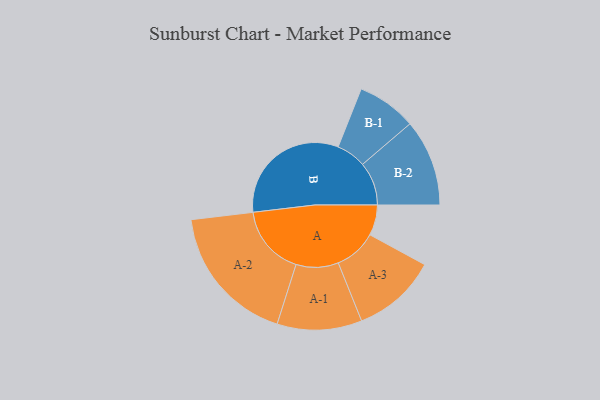
{"axis": {"x": "Segment", "y": "Value"}, "legend": ["", "A", "B"], "data": [{"x": "A", "y": 116, "type": ""}, {"x": "B", "y": 482, "type": ""}, {"x": "A-1", "y": 161, "type": "A"}, {"x": "A-2", "y": 267, "type": "A"}, {"x": "A-3", "y": 161, "type": "A"}, {"x": "B-1", "y": 113, "type": "B"}, {"x": "B-2", "y": 165, "type": "B"}]}